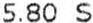
5.80 S